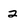
Character: 2